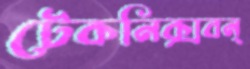
টেকনিক্সবন্